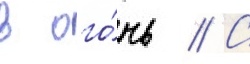
в ого́нь // С